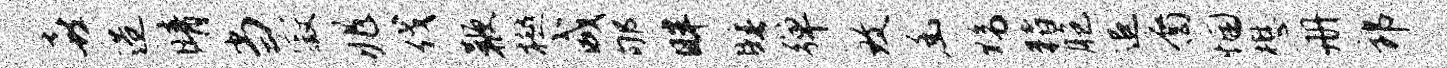
喜造晴当寂兆伐鞭樾咸郇畔睡弹致幽黝猪胞追裔悃懋册郎